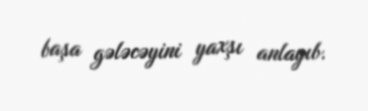
başa gələcəyini yaxşı anlayıb.